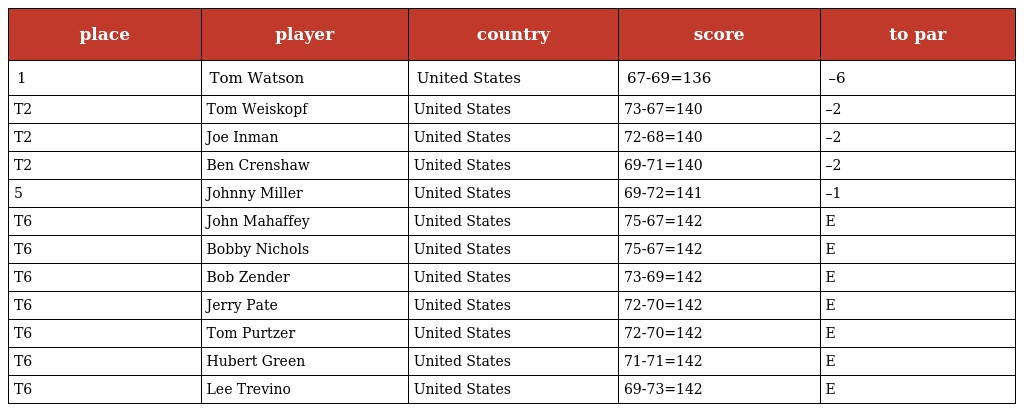
| place | player | country | score | to par |
 | --- | --- | --- | --- | --- |
 | 1 | Tom Watson | United States | 67-69=136 | –6 |
 | T2 | Tom Weiskopf | United States | 73-67=140 | –2 |
 | T2 | Joe Inman | United States | 72-68=140 | –2 |
 | T2 | Ben Crenshaw | United States | 69-71=140 | –2 |
 | 5 | Johnny Miller | United States | 69-72=141 | –1 |
 | T6 | John Mahaffey | United States | 75-67=142 | E |
 | T6 | Bobby Nichols | United States | 75-67=142 | E |
 | T6 | Bob Zender | United States | 73-69=142 | E |
 | T6 | Jerry Pate | United States | 72-70=142 | E |
 | T6 | Tom Purtzer | United States | 72-70=142 | E |
 | T6 | Hubert Green | United States | 71-71=142 | E |
 | T6 | Lee Trevino | United States | 69-73=142 | E |